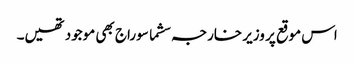
اس موقع پر وزیر خارجہ سشما سوراج بھی موجود تھیں۔